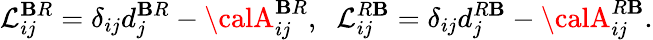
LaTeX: {\cal{L}}_{ij}^{\mathbf{B}R}=\delta_{ij}d_{j}^{\mathbf{B}R}-{\calA}_{ij}^{\mathbf{B}R},\; \; {\cal{L}}_{ij}^{R\mathbf{B}}=\delta_{ij}d_{j}^{R\mathbf{B}}-{\calA}_{ij}^{R\mathbf{B}}.